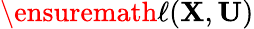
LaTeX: \ensuremath{\ell}({\mathbf{{X}}},{\mathbf{{U}}})